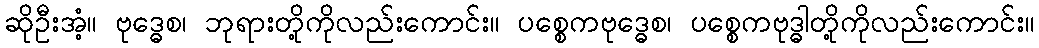
ဆိုဦးအံ့။ ဗုဒ္ဓေစ၊ ဘုရားတို့ကိုလည်းကောင်း။ ပစ္စေကဗုဒ္ဓေစ၊ ပစ္စေကဗုဒ္ဓါတို့ကိုလည်းကောင်း။